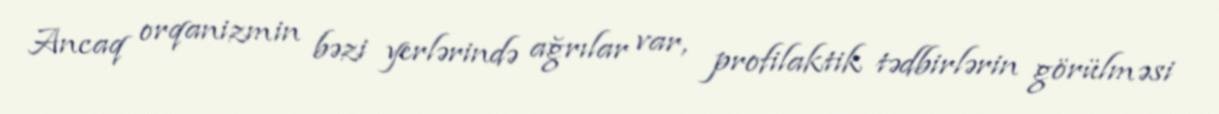
Ancaq orqanizmin bəzi yerlərində ağrılar var, profilaktik tədbirlərin görülməsi